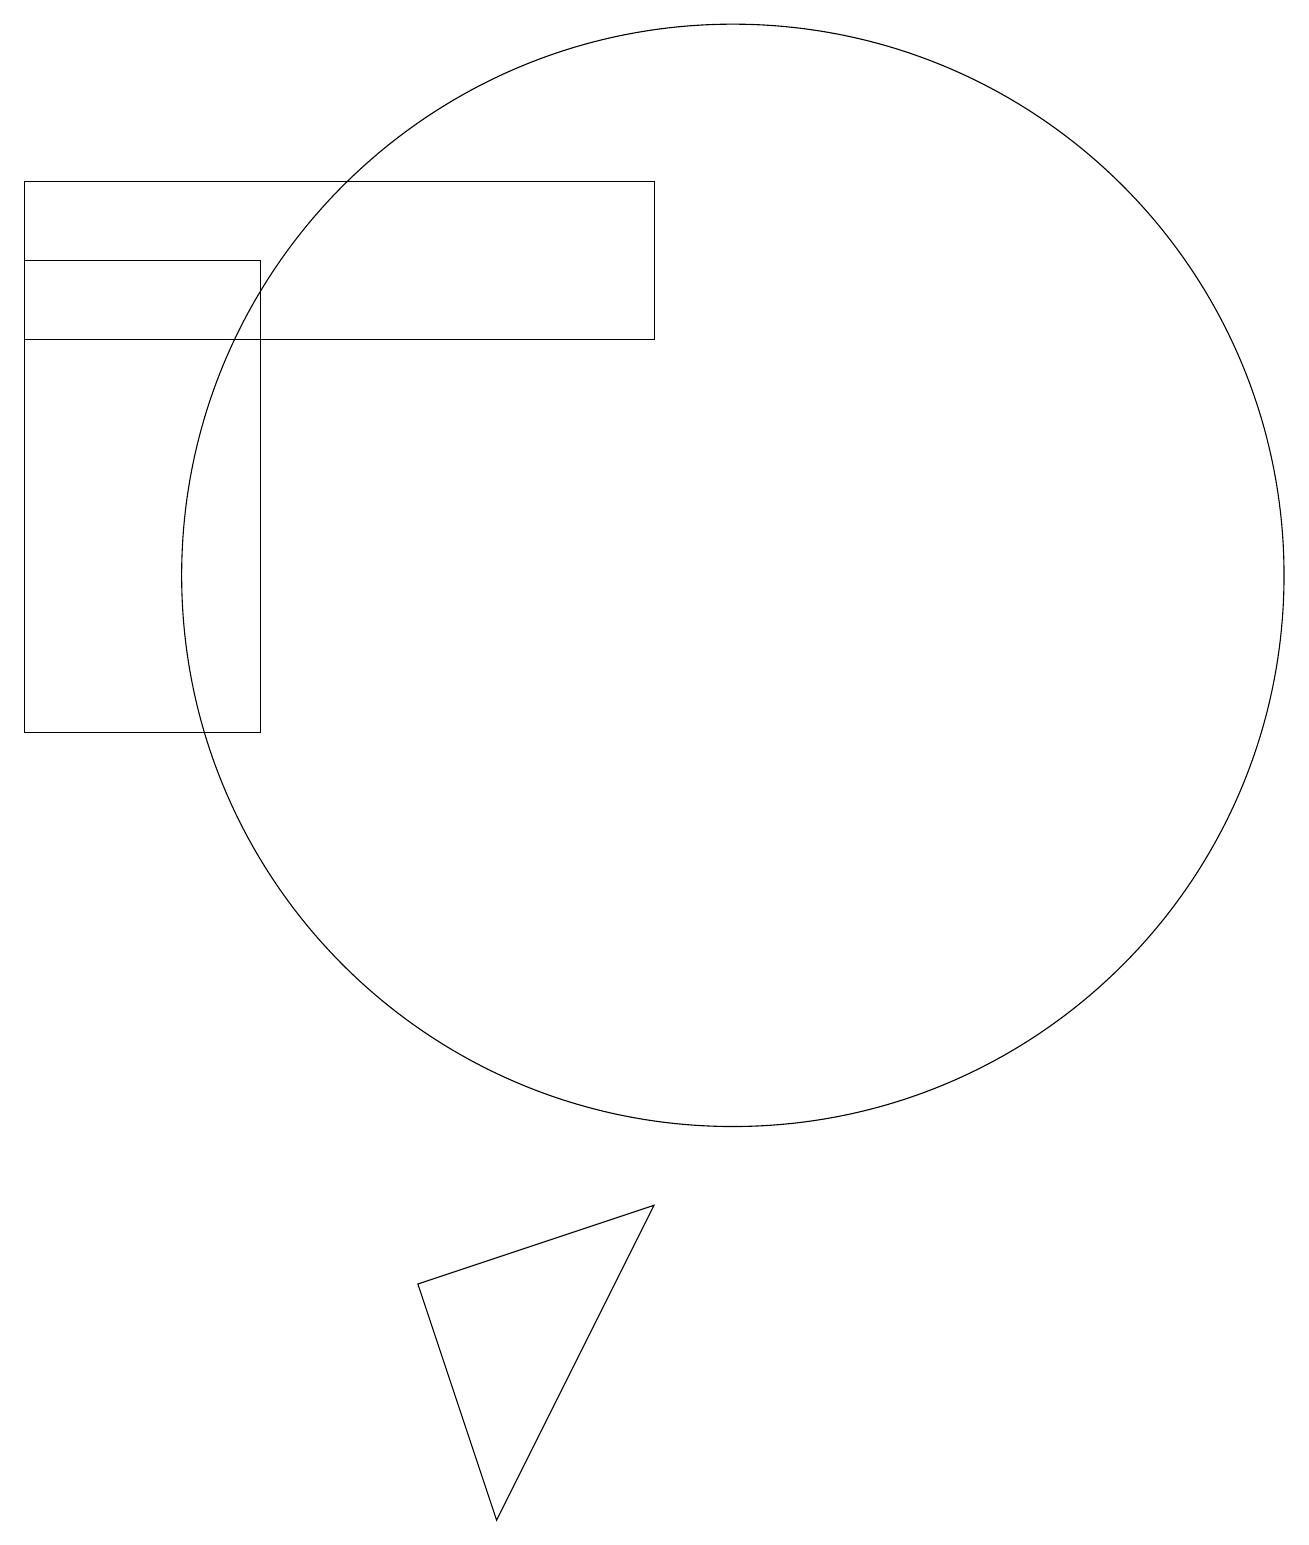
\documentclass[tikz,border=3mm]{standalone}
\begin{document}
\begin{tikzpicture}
\draw (10,12) circle (7);
\draw (1,15) rectangle (9,17);
\draw (9,4) -- (7,0) -- (6,3) -- cycle;
\draw (4,10) rectangle (1,16);
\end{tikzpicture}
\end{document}